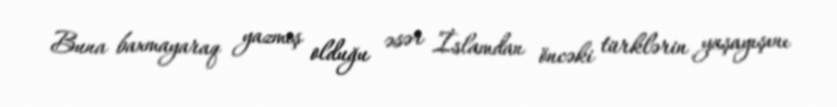
Buna baxmayaraq yazmış olduğu əsər İslamdan öncəki türklərin yaşayışını